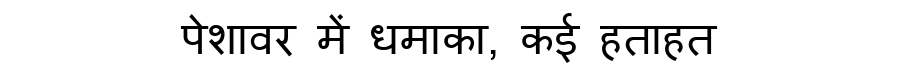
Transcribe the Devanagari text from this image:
पेशावर में धमाका, कई हताहत